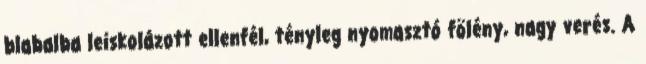
blabalba leiskolázott ellenfél, tényleg nyomasztó fölény, nagy verés. A